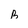
Character: b